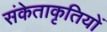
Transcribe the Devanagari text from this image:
संकेताकृतियों